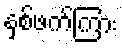
နှစ်ဖက်ကြား